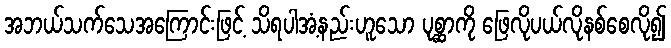
အဘယ်သက်သေအကြောင်းဖြင့် သိရပါအံ့နည်းဟူသော ပုစ္ဆာကို ဖြေလိုပယ်လိုနစ်စေလို၍